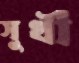
সুখী